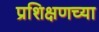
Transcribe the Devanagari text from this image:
प्रशिक्षणच्या